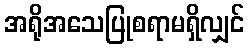
အရိုအသေပြုစရာမရှိလျှင်